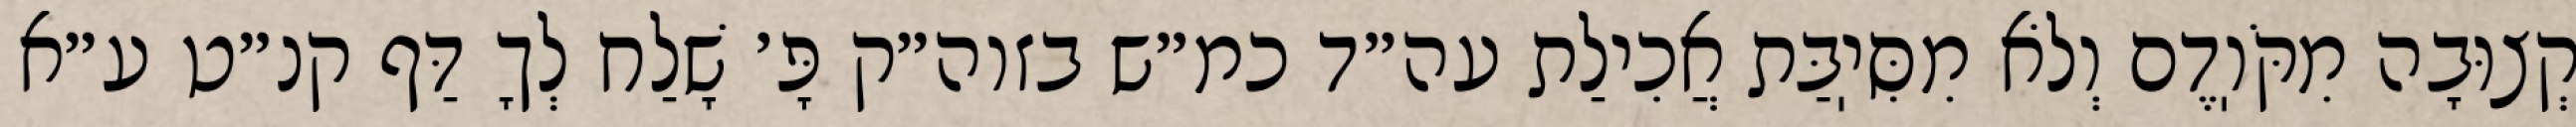
קְצוּבָה מִקֹּוֽדֶם וְלֹא מִסִּיֽבַּת אֲכִילַת עה״ד כמ״ש בזוה״ק פָּ׳ שָׁלַח לְךָ דַּף קנ״ט ע״א